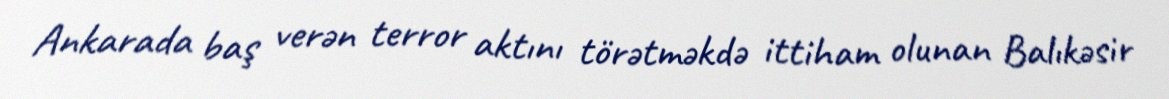
Ankarada baş verən terror aktını törətməkdə ittiham olunan Balıkəsir